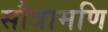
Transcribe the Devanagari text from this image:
सौत्रामणि